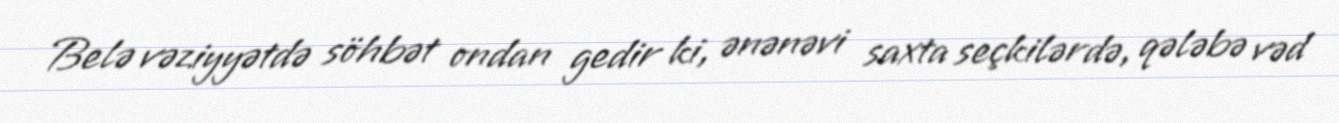
Belə vəziyyətdə söhbət ondan gedir ki, ənənəvi saxta seçkilərdə, qələbə vəd